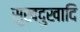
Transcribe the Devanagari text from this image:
सुखदुखादि